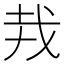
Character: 𢦛